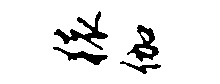
猿伽